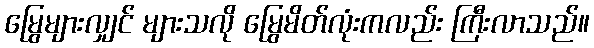
မြွေများလျှင် များသလို မြွေမိတ်လုံးကလည်း ကြီးလာသည်။